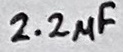
Text: 2.2µF